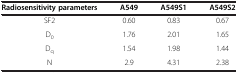
| Radiosensitivity parameters | A549 | A549S1 | A549S2 |
 | --- | --- | --- | --- |
 | SF2 | 0.60 | 0.83 | 0.67 |
 | D0 | 1.76 | 2.01 | 1.65 |
 | Dq | 1.54 | 1.98 | 1.44 |
 | N | 2.9 | 4.31 | 2.38 |